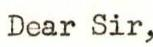
Dear Sir,